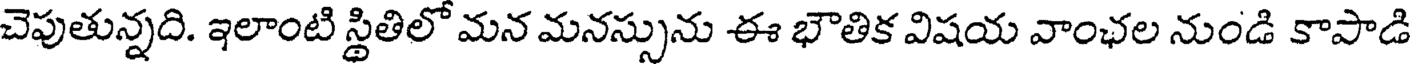
చెపుతున్నది. ఇలాంటి స్థితిలో మన మనస్సును ఈ భౌతిక విషయ వాంఛల నుండి కాపాడి